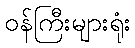
ဝန်ကြီးများရုံး